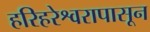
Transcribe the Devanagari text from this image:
हरिहरेश्वरापासून